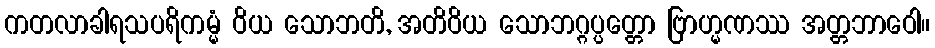
ကတလာခါရသပရိကမ္မံ ဝိယ သောဘတိ, အတိဝိယ သောဘဂ္ဂပ္ပတ္တော ဗြာဟ္မဏဿ အတ္တဘာဝေါ။